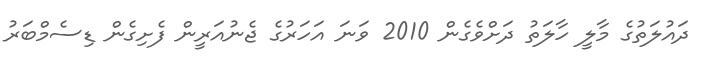
ދައުލަތުގެ މާލީ ހާލަތު ދަށްވެގެން 2010 ވަނަ އަހަރުގެ ޖެނުއަރީން ފެށިގެން ޑިސެމްބަރު